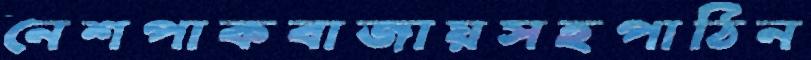
নেশপাকবাজায়সহপাঠিন